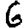
Digit: 6